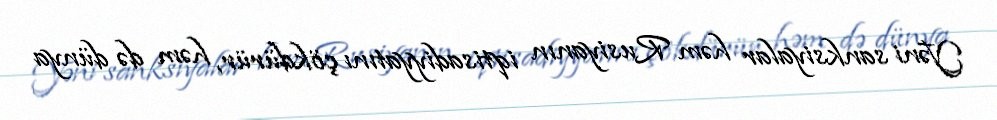
Yəni sanksiyalar həm Rusiyanın iqtisadiyyatını çökdürür, həm də dünya